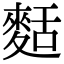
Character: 𪌩